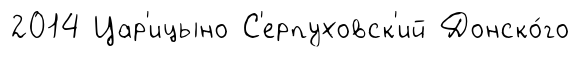
2014 Цар'ицыно С'ерпуховск'ий Донско́го